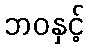
ဘဝနှင့်